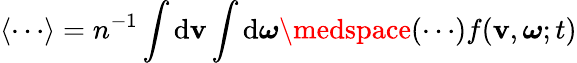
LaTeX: \langle\cdots\rangle=n^{-1}\int\mathrm{d}\mathbf{v}\int\mathrm{d}\boldsymbol{\omega}\medspace(\cdots)f(\mathbf{v},\boldsymbol{\omega};t)